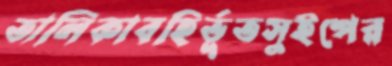
তালিকাবহির্ভূতসুইপের